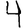
Digit: 4